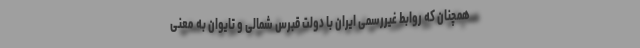
همچنان که روابط غیررسمی ایران با دولت قبرس شمالی و تایوان به معنی